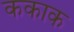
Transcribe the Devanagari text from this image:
ककाक